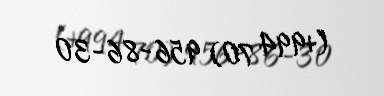
(+994 70) 956-86-30